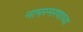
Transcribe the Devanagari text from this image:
नामस्मरणाच्या